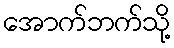
အောက်ဘက်သို့